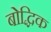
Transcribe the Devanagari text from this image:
बोद्धिक